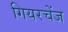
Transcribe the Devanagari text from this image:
गियरचेंज